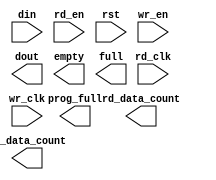
module async_fifo_512x36_progfull_500(
	din,
	rd_clk,
	rd_en,
	rst,
	wr_clk,
	wr_en,
	dout,
	empty,
	full,
	prog_full,
	rd_data_count,
	wr_data_count);


input [35 : 0] din;
input rd_clk;
input rd_en;
input rst;
input wr_clk;
input wr_en;
output [35 : 0] dout;
output empty;
output full;
output prog_full;
output [8 : 0] rd_data_count;
output [8 : 0] wr_data_count;

// synthesis translate_off

      FIFO_GENERATOR_V3_3 #(
		.C_COMMON_CLOCK(0),
		.C_COUNT_TYPE(0),
		.C_DATA_COUNT_WIDTH(9),
		.C_DEFAULT_VALUE("BlankString"),
		.C_DIN_WIDTH(36),
		.C_DOUT_RST_VAL("0"),
		.C_DOUT_WIDTH(36),
		.C_ENABLE_RLOCS(0),
		.C_FAMILY("virtex2p"),
		.C_HAS_ALMOST_EMPTY(0),
		.C_HAS_ALMOST_FULL(0),
		.C_HAS_BACKUP(0),
		.C_HAS_DATA_COUNT(0),
		.C_HAS_MEMINIT_FILE(0),
		.C_HAS_OVERFLOW(0),
		.C_HAS_RD_DATA_COUNT(1),
		.C_HAS_RD_RST(0),
		.C_HAS_RST(1),
		.C_HAS_SRST(0),
		.C_HAS_UNDERFLOW(0),
		.C_HAS_VALID(0),
		.C_HAS_WR_ACK(0),
		.C_HAS_WR_DATA_COUNT(1),
		.C_HAS_WR_RST(0),
		.C_IMPLEMENTATION_TYPE(2),
		.C_INIT_WR_PNTR_VAL(0),
		.C_MEMORY_TYPE(1),
		.C_MIF_FILE_NAME("BlankString"),
		.C_OPTIMIZATION_MODE(0),
		.C_OVERFLOW_LOW(0),
		.C_PRELOAD_LATENCY(0),
		.C_PRELOAD_REGS(1),
		.C_PRIM_FIFO_TYPE("512x36"),
		.C_PROG_EMPTY_THRESH_ASSERT_VAL(2),
		.C_PROG_EMPTY_THRESH_NEGATE_VAL(3),
		.C_PROG_EMPTY_TYPE(0),
		.C_PROG_FULL_THRESH_ASSERT_VAL(500),
		.C_PROG_FULL_THRESH_NEGATE_VAL(499),
		.C_PROG_FULL_TYPE(1),
		.C_RD_DATA_COUNT_WIDTH(9),
		.C_RD_DEPTH(512),
		.C_RD_FREQ(100),
		.C_RD_PNTR_WIDTH(9),
		.C_UNDERFLOW_LOW(0),
		.C_USE_ECC(0),
		.C_USE_FIFO16_FLAGS(0),
		.C_VALID_LOW(0),
		.C_WR_ACK_LOW(0),
		.C_WR_DATA_COUNT_WIDTH(9),
		.C_WR_DEPTH(512),
		.C_WR_FREQ(100),
		.C_WR_PNTR_WIDTH(9),
		.C_WR_RESPONSE_LATENCY(1))
	inst (
		.DIN(din),
		.RD_CLK(rd_clk),
		.RD_EN(rd_en),
		.RST(rst),
		.WR_CLK(wr_clk),
		.WR_EN(wr_en),
		.DOUT(dout),
		.EMPTY(empty),
		.FULL(full),
		.PROG_FULL(prog_full),
		.RD_DATA_COUNT(rd_data_count),
		.WR_DATA_COUNT(wr_data_count),
		.CLK(),
		.BACKUP(),
		.BACKUP_MARKER(),
		.PROG_EMPTY_THRESH(),
		.PROG_EMPTY_THRESH_ASSERT(),
		.PROG_EMPTY_THRESH_NEGATE(),
		.PROG_FULL_THRESH(),
		.PROG_FULL_THRESH_ASSERT(),
		.PROG_FULL_THRESH_NEGATE(),
		.RD_RST(),
		.SRST(),
		.WR_RST(),
		.ALMOST_EMPTY(),
		.ALMOST_FULL(),
		.DATA_COUNT(),
		.OVERFLOW(),
		.PROG_EMPTY(),
		.VALID(),
		.UNDERFLOW(),
		.WR_ACK(),
		.SBITERR(),
		.DBITERR());


// synthesis translate_on

endmodule